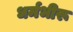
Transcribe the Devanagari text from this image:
धर्मभीरू